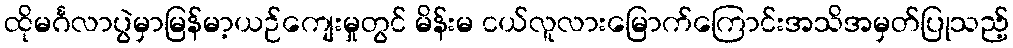
ထိုမင်္ဂလာပွဲမှာမြန်မာ့ယဉ်ကျေးမှုတွင် မိန်းမ ငယ်လူလားမြောက်ကြောင်းအသိအမှတ်ပြုသည့်